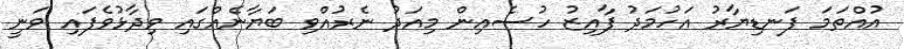
އުއްތަމަ ފަނޑިޔާރު އަހުމަދު ފާއިޒު ހުސެއިން މިއަދު ނެރުއްވި ބަޔާނެއްގައި ވިދާޅުވެފައި ވަނީ